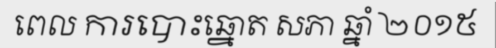
ពេល ការបោះឆ្នោត សភា ឆ្នាំ ២០១៥